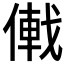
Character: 𪝠